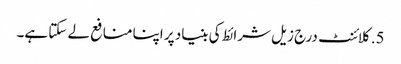
5. کلائنٹ درج زیل شرائط کی بنیاد پر اپنا منافع لے سکتا ہے۔